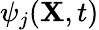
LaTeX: \psi_{j}({\mathbf X},t)